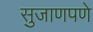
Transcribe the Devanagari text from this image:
सुजाणपणे